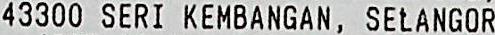
43300 SERI KEMBANGAN, SELANGOR